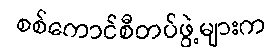
စစ်ကောင်စီတပ်ဖွဲ့များက